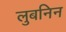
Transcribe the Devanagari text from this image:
लुबनिन